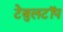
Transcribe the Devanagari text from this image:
टेबुलटॉप